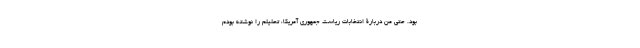
بود. حتی من دربارۀ انتخابات ریاست جمهوری آمریکا، تحلیلم را نوشته بودم